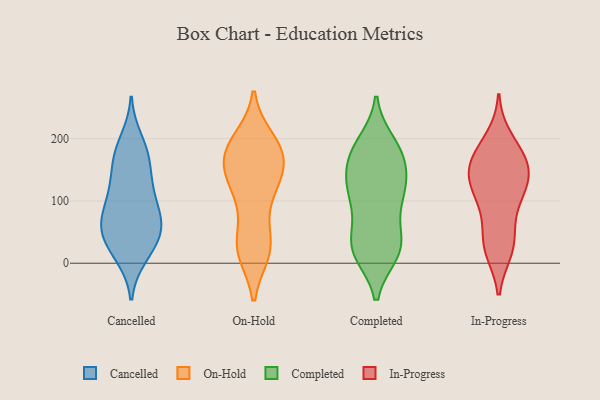
{"axis": {"x": "Satisfaction Score", "y": "Value"}, "legend": ["Cancelled", "Completed", "In-Progress", "On-Hold"], "data": [{"x": "", "y": 175, "type": "Cancelled"}, {"x": "", "y": 16, "type": "Cancelled"}, {"x": "", "y": 36, "type": "Cancelled"}, {"x": "", "y": 83, "type": "Cancelled"}, {"x": "", "y": 168, "type": "Cancelled"}, {"x": "", "y": 197, "type": "Cancelled"}, {"x": "", "y": 82, "type": "Cancelled"}, {"x": "", "y": 43, "type": "Cancelled"}, {"x": "", "y": 121, "type": "Cancelled"}, {"x": "", "y": 62, "type": "Cancelled"}, {"x": "", "y": 73, "type": "Cancelled"}, {"x": "", "y": 171, "type": "Cancelled"}, {"x": "", "y": 61, "type": "Cancelled"}, {"x": "", "y": 12, "type": "Cancelled"}, {"x": "", "y": 126, "type": "Cancelled"}, {"x": "", "y": 121, "type": "Cancelled"}, {"x": "", "y": 46, "type": "Cancelled"}, {"x": "", "y": 154, "type": "On-Hold"}, {"x": "", "y": 129, "type": "On-Hold"}, {"x": "", "y": 190, "type": "On-Hold"}, {"x": "", "y": 166, "type": "On-Hold"}, {"x": "", "y": 116, "type": "On-Hold"}, {"x": "", "y": 19, "type": "On-Hold"}, {"x": "", "y": 189, "type": "On-Hold"}, {"x": "", "y": 50, "type": "On-Hold"}, {"x": "", "y": 35, "type": "On-Hold"}, {"x": "", "y": 198, "type": "On-Hold"}, {"x": "", "y": 148, "type": "On-Hold"}, {"x": "", "y": 162, "type": "On-Hold"}, {"x": "", "y": 161, "type": "On-Hold"}, {"x": "", "y": 18, "type": "On-Hold"}, {"x": "", "y": 112, "type": "On-Hold"}, {"x": "", "y": 22, "type": "On-Hold"}, {"x": "", "y": 19, "type": "On-Hold"}, {"x": "", "y": 110, "type": "On-Hold"}, {"x": "", "y": 188, "type": "On-Hold"}, {"x": "", "y": 185, "type": "On-Hold"}, {"x": "", "y": 124, "type": "Completed"}, {"x": "", "y": 16, "type": "Completed"}, {"x": "", "y": 33, "type": "Completed"}, {"x": "", "y": 174, "type": "Completed"}, {"x": "", "y": 16, "type": "Completed"}, {"x": "", "y": 160, "type": "Completed"}, {"x": "", "y": 38, "type": "Completed"}, {"x": "", "y": 43, "type": "Completed"}, {"x": "", "y": 177, "type": "Completed"}, {"x": "", "y": 184, "type": "Completed"}, {"x": "", "y": 21, "type": "Completed"}, {"x": "", "y": 132, "type": "Completed"}, {"x": "", "y": 193, "type": "Completed"}, {"x": "", "y": 120, "type": "Completed"}, {"x": "", "y": 119, "type": "Completed"}, {"x": "", "y": 121, "type": "Completed"}, {"x": "", "y": 17, "type": "Completed"}, {"x": "", "y": 85, "type": "Completed"}, {"x": "", "y": 176, "type": "Completed"}, {"x": "", "y": 96, "type": "Completed"}, {"x": "", "y": 108, "type": "In-Progress"}, {"x": "", "y": 157, "type": "In-Progress"}, {"x": "", "y": 27, "type": "In-Progress"}, {"x": "", "y": 25, "type": "In-Progress"}, {"x": "", "y": 140, "type": "In-Progress"}, {"x": "", "y": 200, "type": "In-Progress"}, {"x": "", "y": 178, "type": "In-Progress"}, {"x": "", "y": 120, "type": "In-Progress"}, {"x": "", "y": 83, "type": "In-Progress"}, {"x": "", "y": 154, "type": "In-Progress"}, {"x": "", "y": 134, "type": "In-Progress"}, {"x": "", "y": 21, "type": "In-Progress"}, {"x": "", "y": 157, "type": "In-Progress"}, {"x": "", "y": 115, "type": "In-Progress"}, {"x": "", "y": 47, "type": "In-Progress"}, {"x": "", "y": 178, "type": "In-Progress"}]}